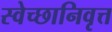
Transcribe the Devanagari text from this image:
स्वेच्छानिवृत्त